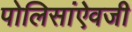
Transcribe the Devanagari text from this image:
पोलिसांऐवजी